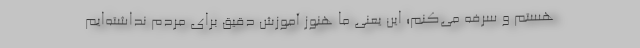
هستم و سرفه می‌کنم؛ این یعنی ما هنوز آموزش دقیق برای مردم نداشته‌ایم